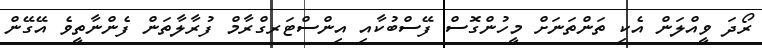
ރޯދަ ވީއްލަން އެކި ތަންތަނަށް މީހުންގޮސް ފޭސްބުކާއި އިންސްޓަރގްރާމް ފުރާލާތަން ފެންނާތީވެ އޭގޭން